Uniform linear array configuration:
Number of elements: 32
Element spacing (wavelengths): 0.5
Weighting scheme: cosine
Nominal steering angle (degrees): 60
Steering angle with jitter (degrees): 58.699
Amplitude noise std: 0.05
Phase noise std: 0.05

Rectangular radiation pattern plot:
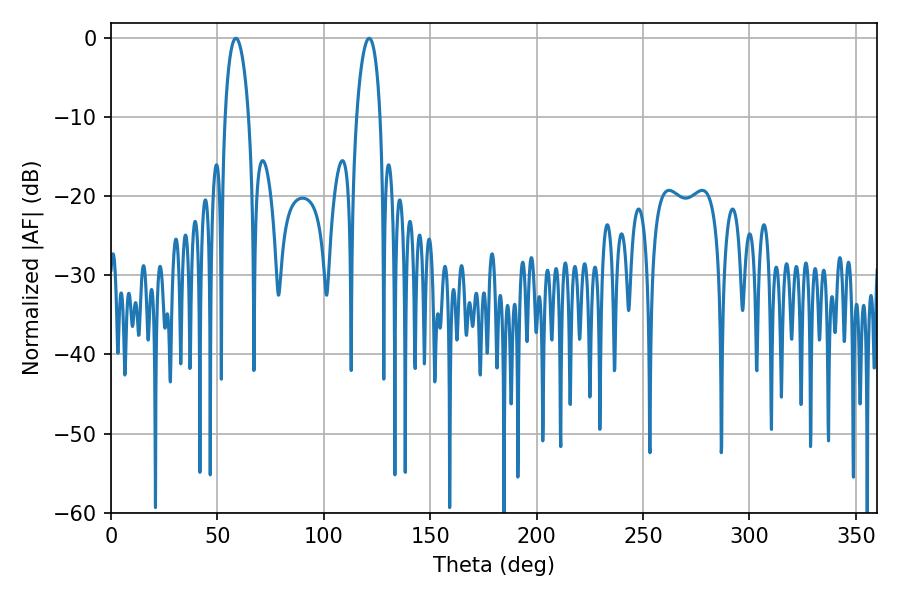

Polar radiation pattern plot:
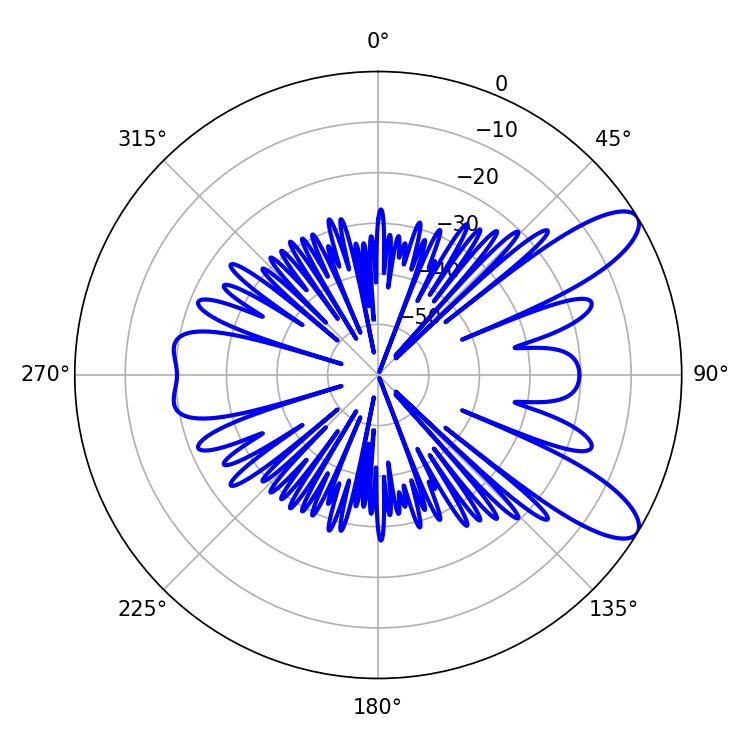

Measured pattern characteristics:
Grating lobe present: FALSE
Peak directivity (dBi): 9.963
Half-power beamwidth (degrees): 6.3
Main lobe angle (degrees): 58.68